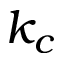
k _ { c }